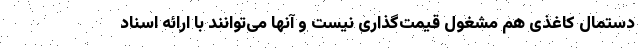
دستمال کاغذی هم مشغول قیمت‌گذاری نیست و آنها می‌توانند با ارائه اسناد